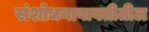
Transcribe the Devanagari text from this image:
संशोधनाबाबतीतील